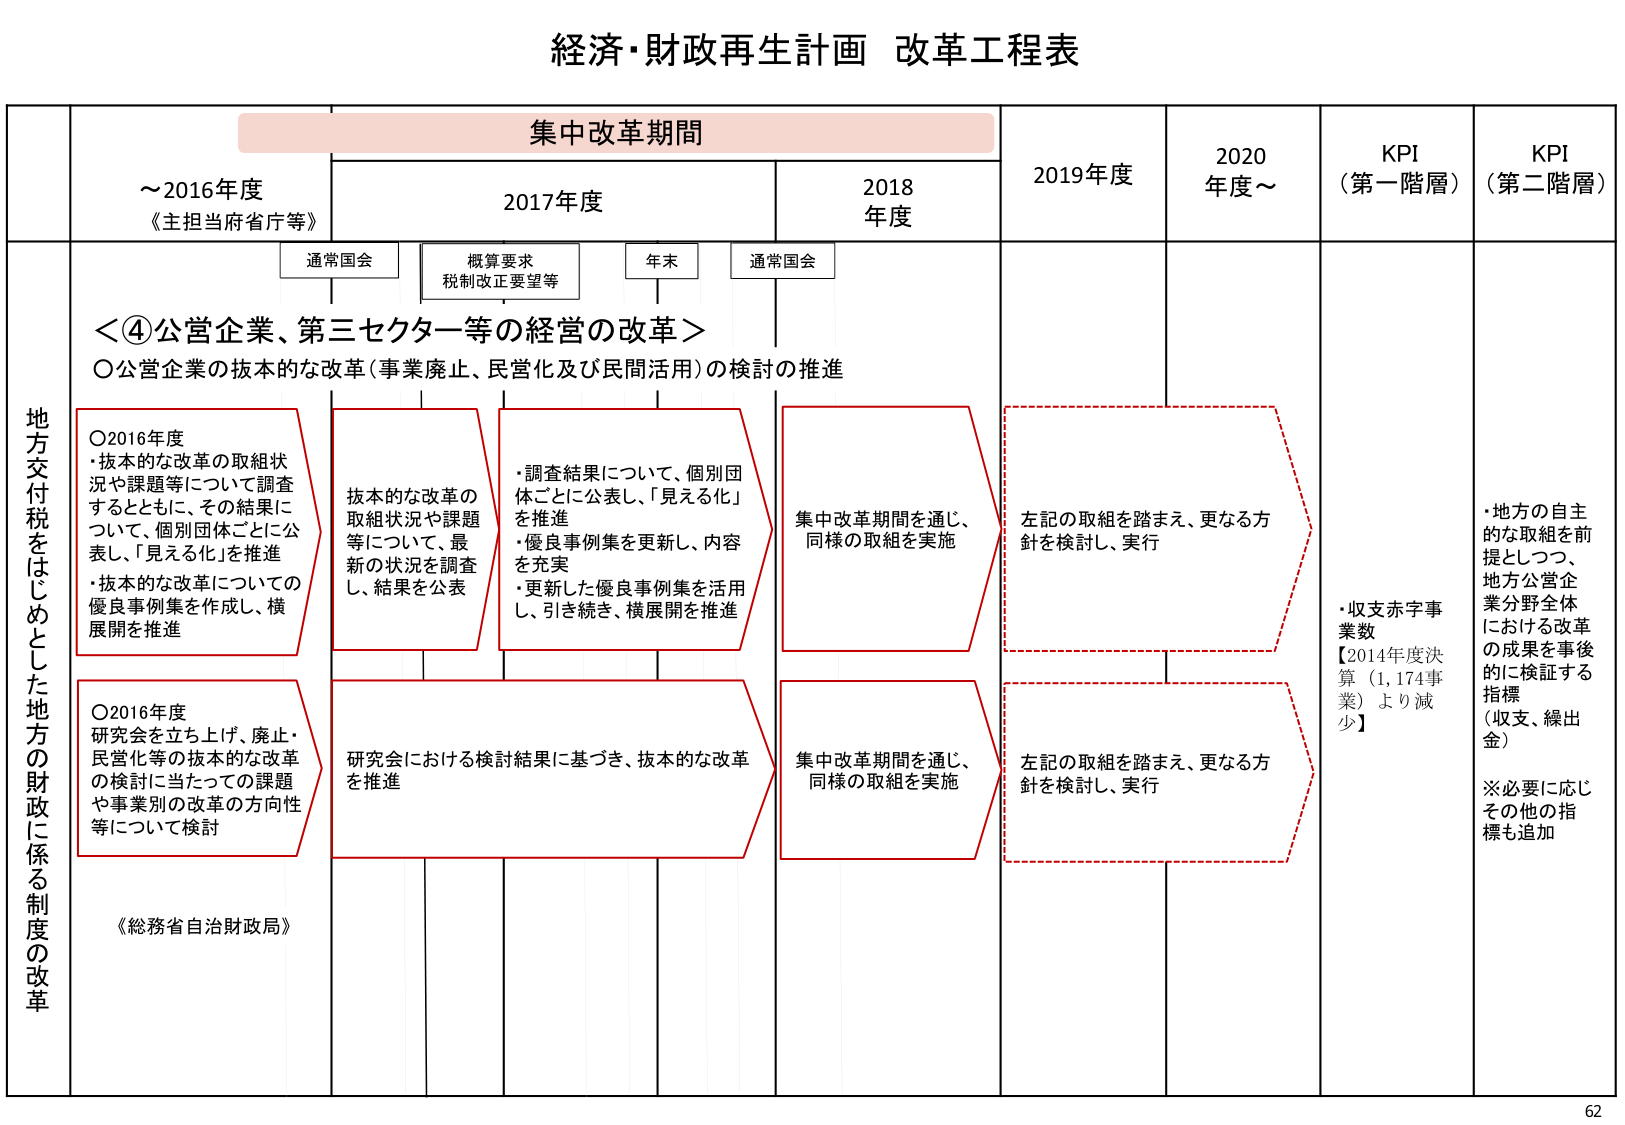
経済・財政再生計画 改革工程表

集中改革期間

～2016年度
《主担当府省庁等》

2017年度

2018年度

2019年度

2020年度～

KPI（第一階層）

KPI（第二階層）

通常国会

概算要求
税制改正要望等

年末

通常国会

＜④公営企業、第三セクター等の経営の改革＞
〇公営企業の抜本的な改革（事業廃止、民営化及び民間活用）の検討の推進

地方交付税をはじめとした地方の財政に係る制度の改革

〇2016年度
・抜本的な改革の取組状況や課題等について調査するとともに、その結果について、個別団体ごとに公表し、「見える化」を推進
・抜本的な改革についての優良事例集を作成し、横展開を推進

抜本的な改革の取組状況や課題等について、最新の状況を調査し、結果を公表

・調査結果について、個別団体ごとに公表し、「見える化」を推進
・優良事例集を更新し、内容を充実
・更新した優良事例集を活用し、引き続き、横展開を推進

集中改革期間を通じ、同様の取組を実施

左記の取組を踏まえ、更なる方針を検討し、実行

・収支赤字事業数
【2014年度決算（1,174事業）より減少】

・地方の自主的な取組を前提としつつ、地方公営企業分野全体における改革の成果を事後的に検証する指標（収支、繰出金）
※必要に応じその他の指標も追加

〇2016年度
研究会を立ち上げ、廃止・民営化等の抜本的な改革の検討に当たっての課題や事業別の改革の方向性等について検討

研究会における検討結果に基づき、抜本的な改革を推進

集中改革期間を通じ、同様の取組を実施

左記の取組を踏まえ、更なる方針を検討し、実行

《総務省自治財政局》

62